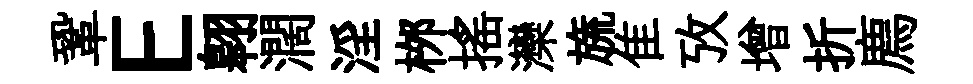
鞏E翱濶淫桞搖灤旒隹攷增折廌